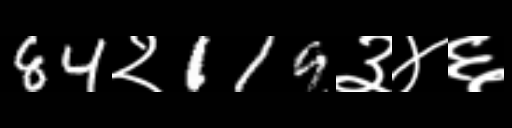
Text: 84२119३४६